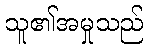
သူ၏အမှုသည်